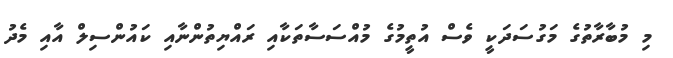
މި މުބާރާތުގެ މަގުސަދަކީ ވެސް އުތީމުގެ މުއްސަސާތަކާއި ރައްޔިތުންނާއި ކައުންސިލް އާއި މެދު